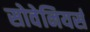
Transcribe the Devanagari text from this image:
सोवेनियर्स